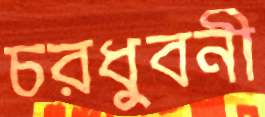
চরধুবনী